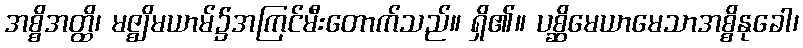
အစ္စိအတ္ထိ၊ မဇ္ဈိမယာမ်၌အကြင်မီးတောက်သည်။ ရှိ၏။ ပစ္ဆိမေယာမေသာအစ္စိနုခေါ၊